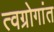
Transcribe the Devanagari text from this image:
त्वग्रोगांत